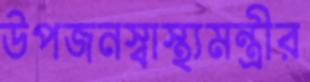
উপজনস্বাস্থ্যমন্ত্রীর